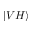
| V H \rangle